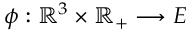
\phi : \mathbb { R } ^ { 3 } \times \mathbb { R } _ { + } \longrightarrow E